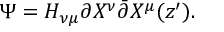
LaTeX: \Psi = H _ { \nu \mu } \partial X ^ { \nu } \bar { \partial } X ^ { \mu } ( z ^ { \prime } ) .